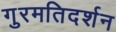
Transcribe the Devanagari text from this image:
गुरमतिदर्शन